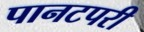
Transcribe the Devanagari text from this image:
पानटपरी